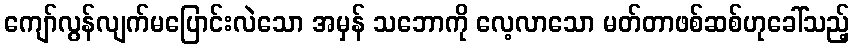
ကျော်လွန်လျက်မပြောင်းလဲသော အမှန် သဘောကို လေ့လာသော မတ်တာဖစ်ဆစ်ဟုခေါ်သည့်